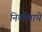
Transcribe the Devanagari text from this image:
निर्वाणाचे